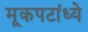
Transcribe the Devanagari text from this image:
मूकपटांध्ये